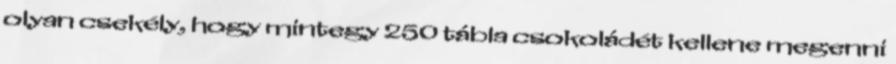
olyan csekély, hogy mintegy 250 tábla csokoládét kellene megenni